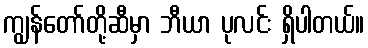
ကျွန်တော်တို့ဆီမှာ ဘီယာ ပုလင်း ရှိပါတယ်။